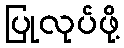
ပြုလုပ်ဖို့